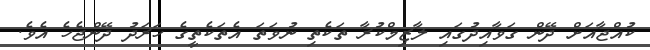
ކުއްޖާއަށް ދޭން ގަވާއިދުގައި ލާޒިމްކުރާ ތަކެތި ނުވަތަ އެތަކެތީގެ ހަރަދު ދޭންޖެހެ އެވެ.